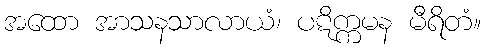
အထော အာသနသာလာယံ၊ ပဋိက္ကမန မီရိတံ။